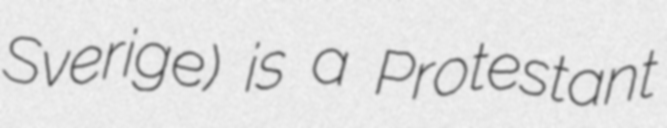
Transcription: Sverige) is a Protestant